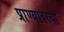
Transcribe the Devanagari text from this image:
प्राण्यावरचा